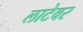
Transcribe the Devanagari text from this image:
लाटेवर